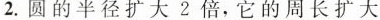
2.圆的半径扩大2倍，它的周长扩大